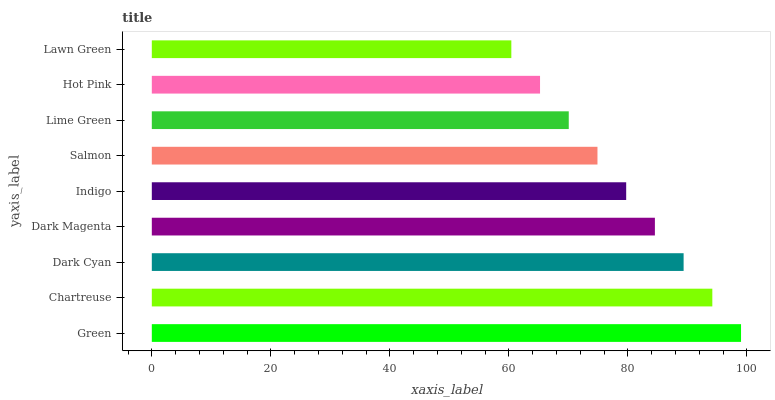
| yaxis_label | bars |
 | --- | --- |
 | Green | 99 |
 | Chartreuse | 94.2 |
 | Dark Cyan | 89.4 |
 | Dark Magenta | 84.5 |
 | Indigo | 79.7 |
 | Salmon | 74.9 |
 | Lime Green | 70.1 |
 | Hot Pink | 65.2 |
 | Lawn Green | 60.4 |